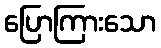
ပြောကြားသော